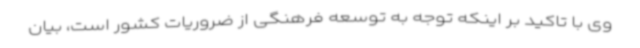
وی با تاکید بر اینکه توجه به توسعه فرهنگی از ضروریات کشور است، بیان